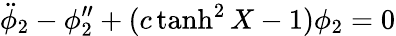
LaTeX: {\ddot{\phi}}_{2}-\phi_{2}^{\prime\prime}+(c\operatorname{tanh}^{2}X-1)\phi_{2}=0